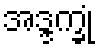
အဒ္ဒက္ခုံ